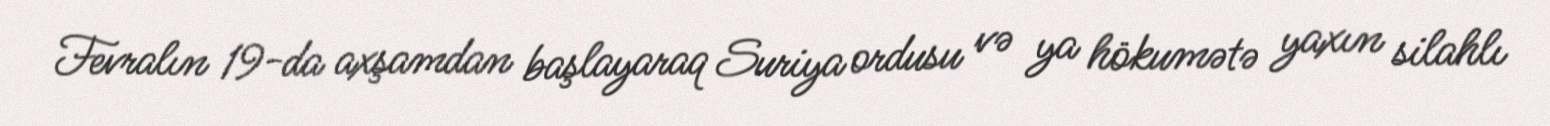
Fevralın 19-da axşamdan başlayaraq Suriya ordusu və ya hökumətə yaxın silahlı